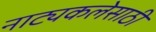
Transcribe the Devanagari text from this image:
नाट्यकलेसाठी